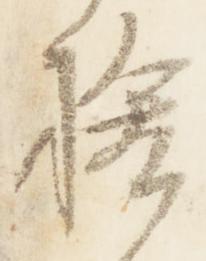
捨